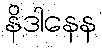
နိဒါနေန